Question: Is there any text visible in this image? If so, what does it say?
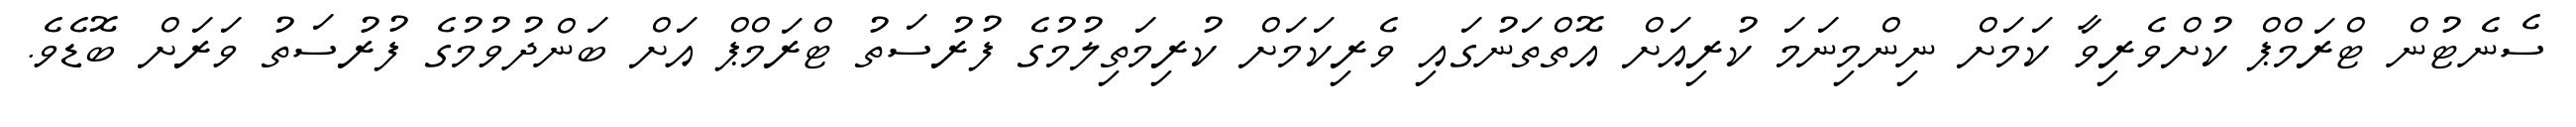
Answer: ސެނެޓުން ޓްރަމްޕް ކުށްވެރިވާ ކަމަށް ނިންމިނަމަ ކުރިއަށް އޮތްތަނުގައި ވެރިކަމަށް ކުރިމަތިލުމުގެ ފުރުސަތު ޓްރަމްޕް އަށް ބަންދުވުމުގެ ފުރުސަތު ވަރަށް ބޮޑެވެ.